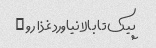
پیک تا بالا نیاورد غذا رو …